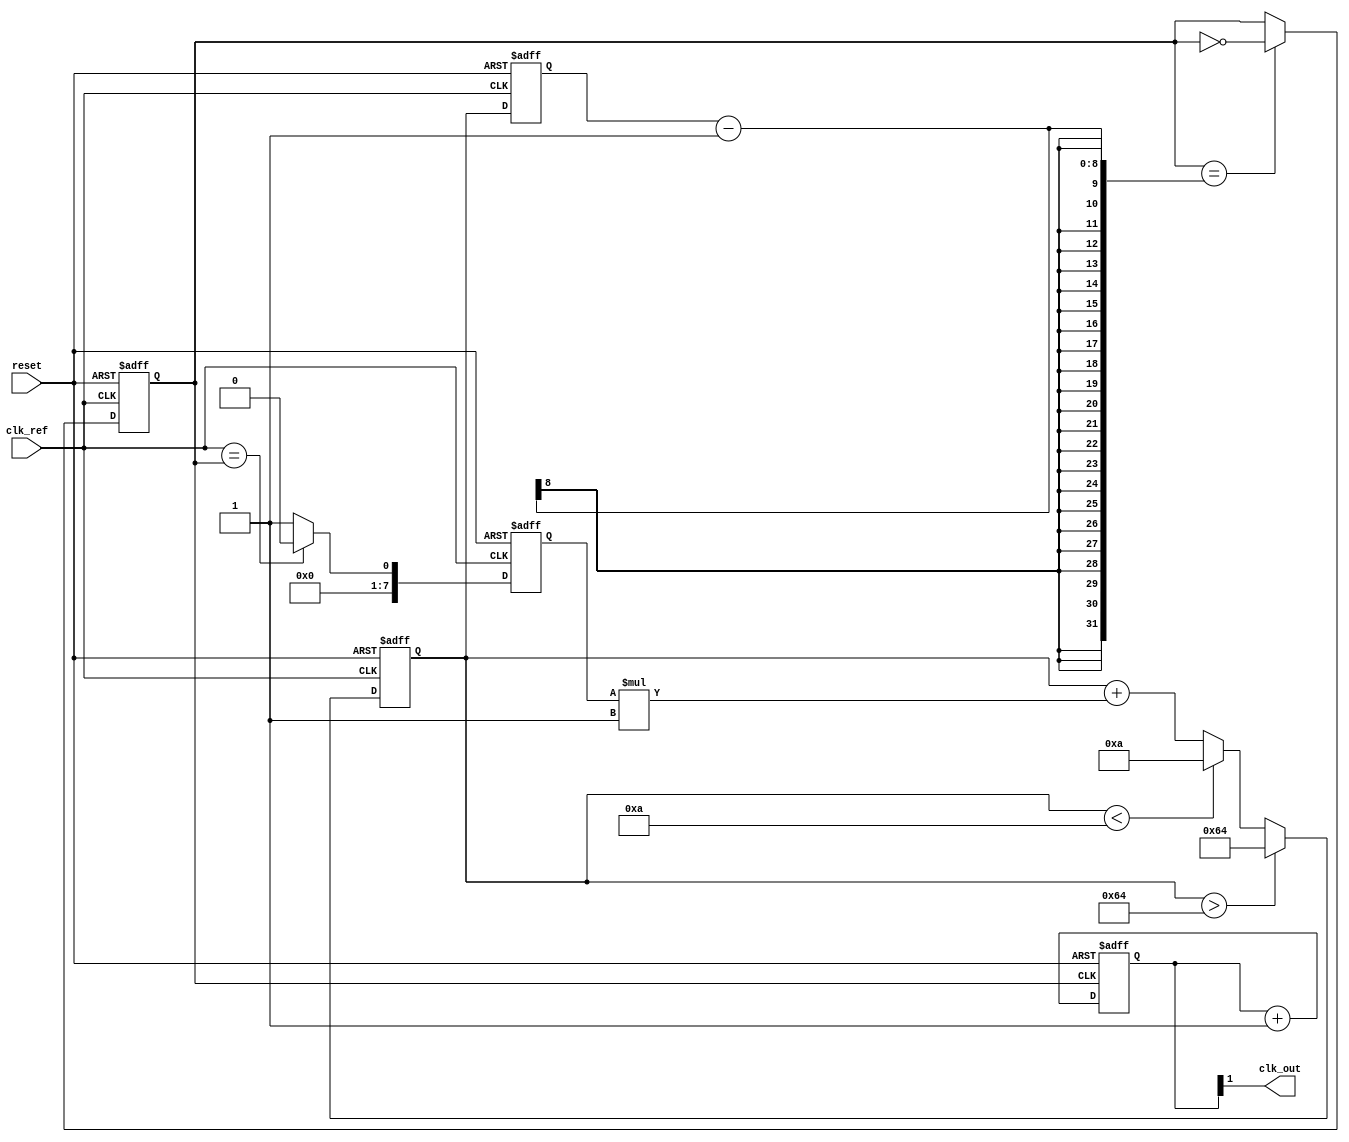
module pll_synchronizer (
    input wire clk_ref,        // Reference clock input (incoming clock)
    input wire reset,          // Asynchronous reset signal
    output wire clk_out        // Synchronized output clock
);

    // Parameters for VCO and Loop Filter
    parameter VCO_MAX_FREQ = 100; // Maximum VCO frequency (arbitrary units)
    parameter VCO_MIN_FREQ = 10;   // Minimum VCO frequency (arbitrary units)
    parameter LOOP_FILTER_GAIN = 1; // Gain for loop filter

    // Internal signals
    reg [7:0] phase_error;         // Phase error signal from PD
    reg [7:0] control_voltage;      // Control voltage for VCO
    reg [7:0] vco_output;           // VCO output frequency
    reg clk_vco;                    // VCO clock output
    reg [3:0] clk_div;              // Clock divider

    // Phase Detector (PD)
    always @(posedge clk_ref or posedge reset) begin
        if (reset) begin
            phase_error <= 0;
        end else begin
            // Simple phase detection logic (could be more complex)
            // Here we assume a simple edge detection for demonstration
            phase_error <= (clk_ref == clk_vco) ? 0 : 1; // Example phase error
        end
    end

    // Loop Filter (LF)
    always @(posedge clk_ref or posedge reset) begin
        if (reset) begin
            control_voltage <= 0;
        end else begin
            // Simple proportional control for loop filter
            control_voltage <= control_voltage + (phase_error * LOOP_FILTER_GAIN);
            // Clamp control voltage to VCO limits
            if (control_voltage > VCO_MAX_FREQ) begin
                control_voltage <= VCO_MAX_FREQ;
            end else if (control_voltage < VCO_MIN_FREQ) begin
                control_voltage <= VCO_MIN_FREQ;
            end
        end
    end

    // Voltage-Controlled Oscillator (VCO)
    always @(posedge clk_ref or posedge reset) begin
        if (reset) begin
            vco_output <= VCO_MIN_FREQ;
            clk_vco <= 0;
        end else begin
            // Adjust VCO frequency based on control voltage
            vco_output <= control_voltage;
            // Generate VCO clock signal based on output frequency
            clk_vco <= (clk_vco == (vco_output - 1)) ? ~clk_vco : clk_vco; // Simple toggle logic
        end
    end

    // Clock Divider (optional)
    always @(posedge clk_vco or posedge reset) begin
        if (reset) begin
            clk_div <= 0;
        end else begin
            clk_div <= clk_div + 1;
        end
    end

    // Output Clock Buffer
    assign clk_out = clk_div[1]; // Example: divide by 2 for output clock

endmodule